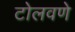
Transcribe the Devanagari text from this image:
टोलवणे